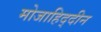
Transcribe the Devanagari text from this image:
मोजाहिद्दीन